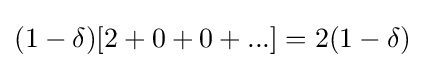
(1-\delta )[2+0+0+...]=2(1-\delta )